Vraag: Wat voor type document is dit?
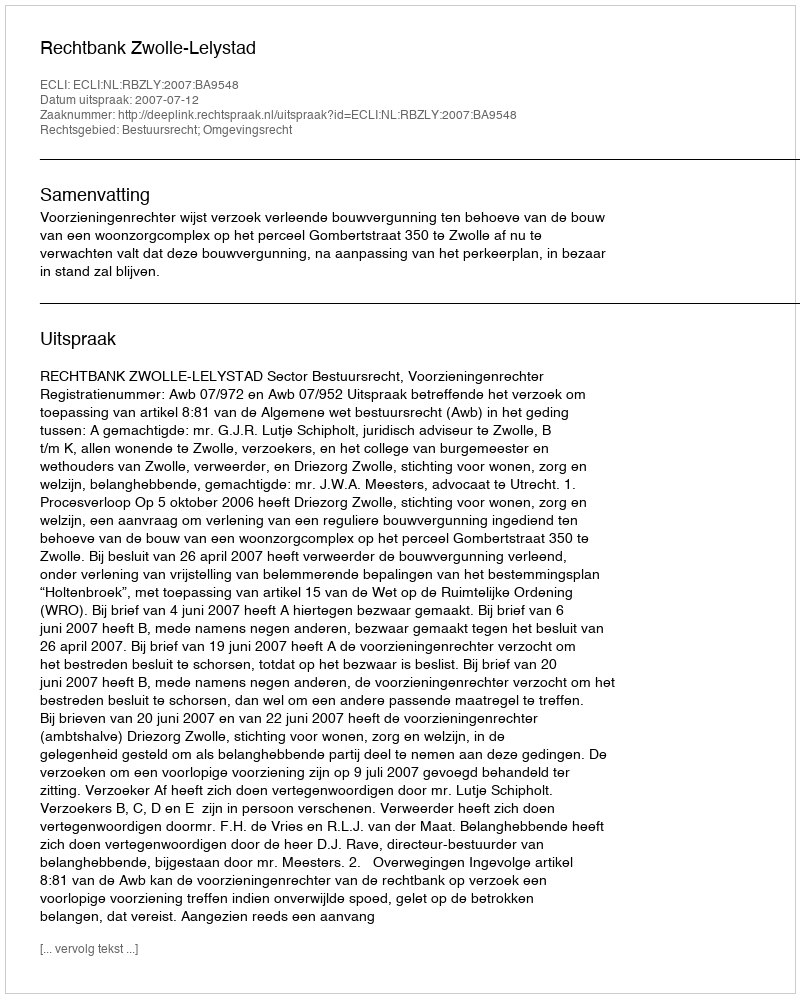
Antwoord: Uitspraak